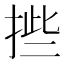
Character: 𰓿